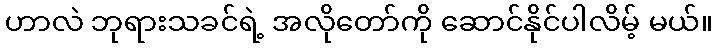
ဟာလဲ ဘုရားသခင်ရဲ့ အလိုတော်ကို ဆောင်နိုင်ပါလိမ့် မယ်။